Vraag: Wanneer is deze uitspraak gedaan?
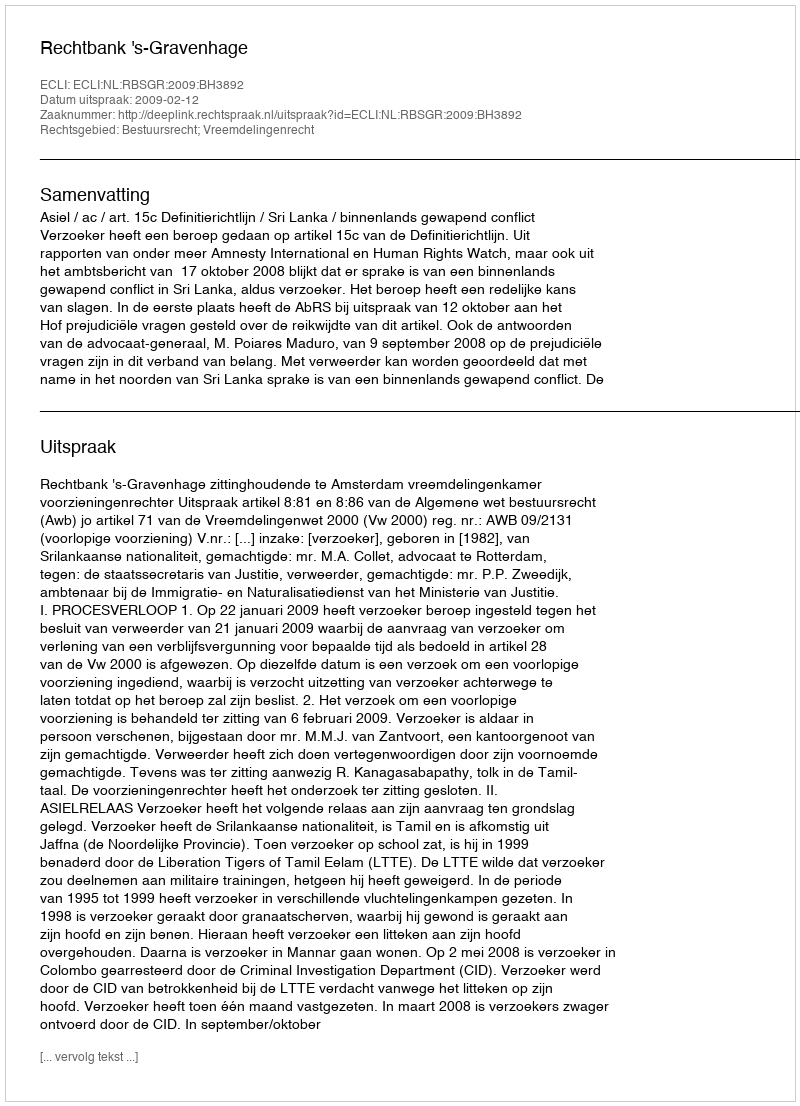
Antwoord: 2009-02-12